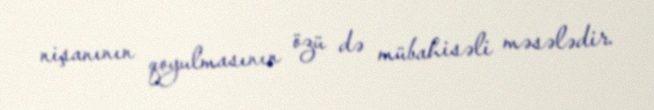
nişanının qoyulmasının özü də mübahisəli məsələdir.